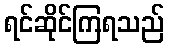
ရင်ဆိုင်ကြရသည်